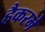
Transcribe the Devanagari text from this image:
हैकरने